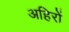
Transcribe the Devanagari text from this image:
अहिरों